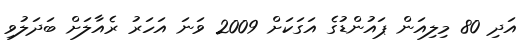
އަދި 80 މިލިއަން ޕައުންޑުގެ އަގަކަށް 2009 ވަނަ އަހަރު ރެއާލަށް ބަދަލުވި